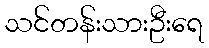
သင်တန်းသားဦးရေ